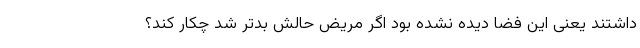
داشتند یعنی این فضا دیده نشده بود اگر مریض حالش بدتر شد چکار کند؟